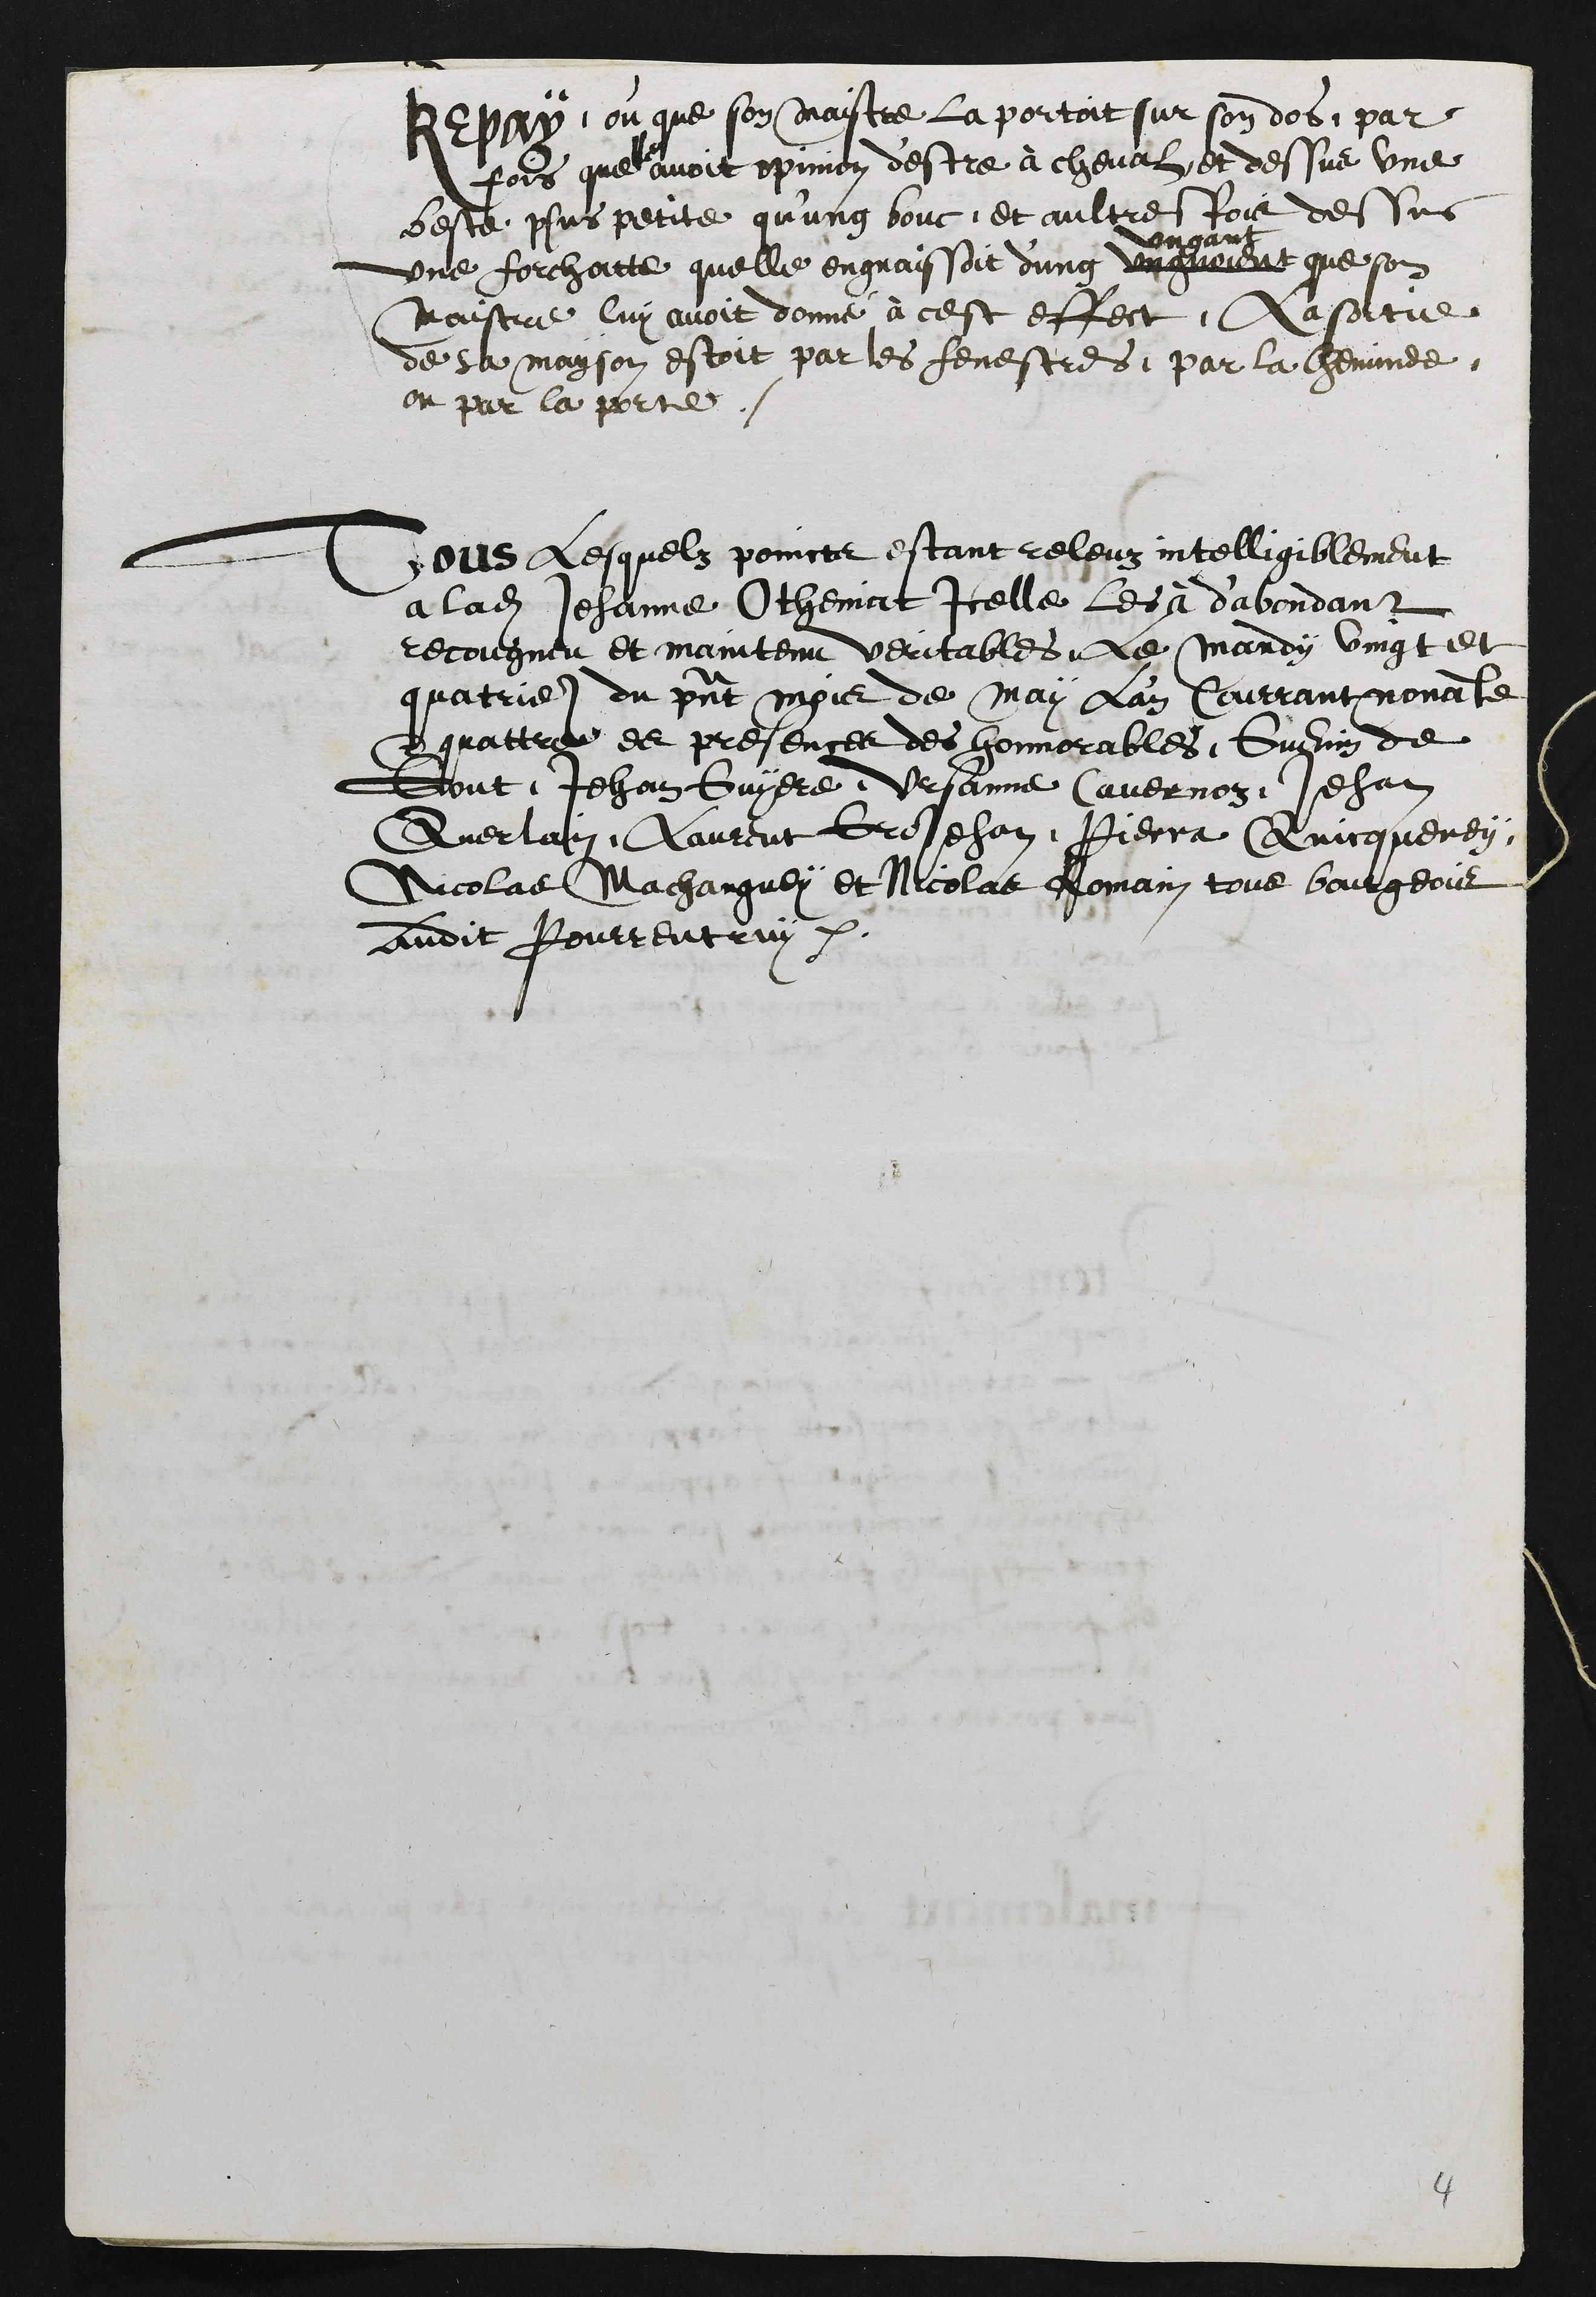
Repay, ou que son maistre la portoit sur son dos par
fois quelle avoit opinion d'estre à cheval et dessus une
beste plus petite qu'ung bouc, et aultresfois dessus
une forchatte quelle engraissoit d'ung ungueoient
ungant
que son
maistre luy avoit donné à cest effect, La sortie
de sa mayson estoit par les fenestres, par la cheminee
ou par la porte,
Tous lesquelz poincts estant releuz intelligiblement
a ladite Jehanne Otheniat icelle les à d'abondant
recougneu et maintenu veritables. Le Mardy vingt et
quattrieme du present mois de may l'an Courrant nonante
& quattre es presences des honnorables, Guenin de
Gout, Jehan Guyere, Ursanne Cavernoz, Jehan
Querlain, Laurent GroJehan, Pierra Quicquerey
Nicolas Machanguey et Nicolas Romain tous bourgeois
audit Pourrentruy.